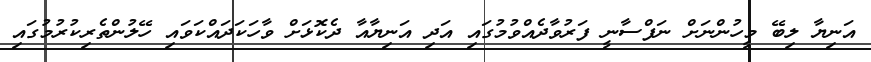
އަނިޔާ ލިބޭ މީހުންނަށް ނަފްސާނީ ފަރުވާދެއްވުމުގައި އަދި އަނިޔާއާ ދެކޮޅަށް ވާހަކަދައްކަވައި ހޭލުންތެރިކުރުމުގައި